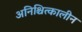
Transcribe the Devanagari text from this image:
अनिश्चित्कालीन